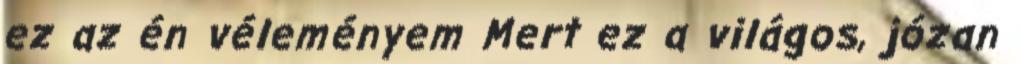
ez az én véleményem Mert ez a világos, józan